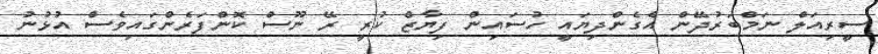
ސީރިއަލް ނަމްބަރުދޭން އެގެންދިޔައީ ހުސައިން ފިޔާޒް ކުރީ ރޭ ނޫސް ކޮންފަރެންގައިވެސް އުޅުނު